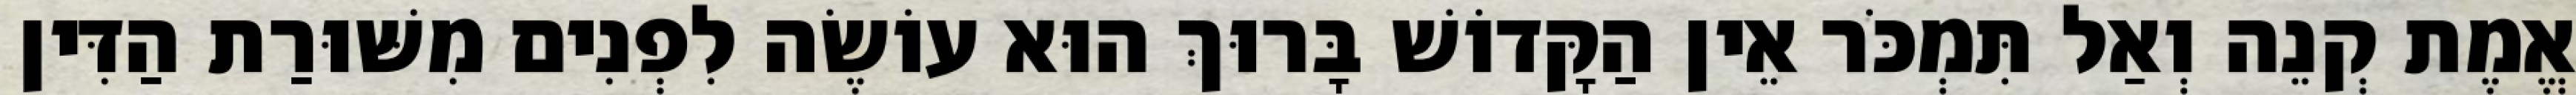
אֱמֶת קְנֵה וְאַל תִּמְכֹּר אֵין הַקָּדוֹשׁ בָּרוּךְ הוּא עוֹשֶׂה לִפְנִים מִשּׁוּרַת הַדִּין